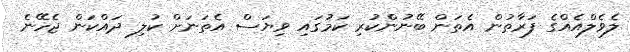
ލެވެލްއެއްގެ ފަރާތުން އެތަން ބޭނުންކުރި ކަމުގައި ވިޔަސް އެތަނަށް ކުލި ދައްކަން ޖެހޭނެ